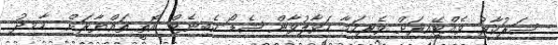
ސަރުކާރު ވެއްޓޭއިރަށް ވެރިކަމާ ހަވާލުވާން ޝެޑޯ ކެބިނެޓް އޮތީ ތައްޔާރަށް  ހާމިދު